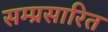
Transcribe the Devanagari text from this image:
सम्प्रसारित